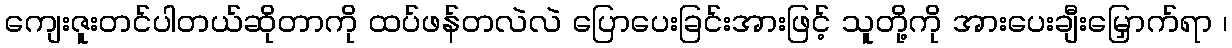
ကျေးဇူးတင်ပါတယ်ဆိုတာကို ထပ်ဖန်တလဲလဲ ပြောပေးခြင်းအားဖြင့် သူတို့ကို အားပေးချီးမြှောက်ရာ ၊